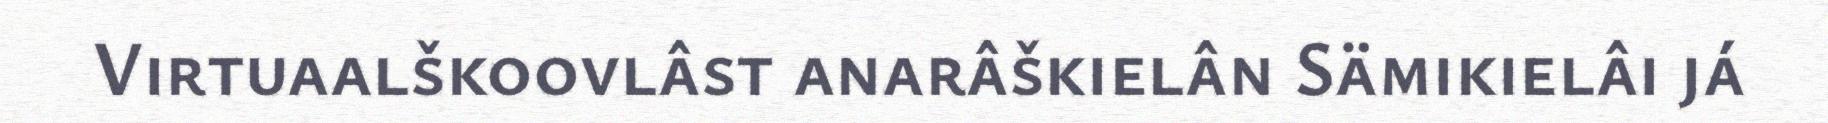
Virtuaalškoovlâst anarâškielân Sämikielâi já